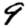
Digit: 9